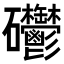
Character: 𥘄